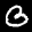
Label: 3